Document type: Grant
Year: 1232
Scribe: Berenguer de Clos
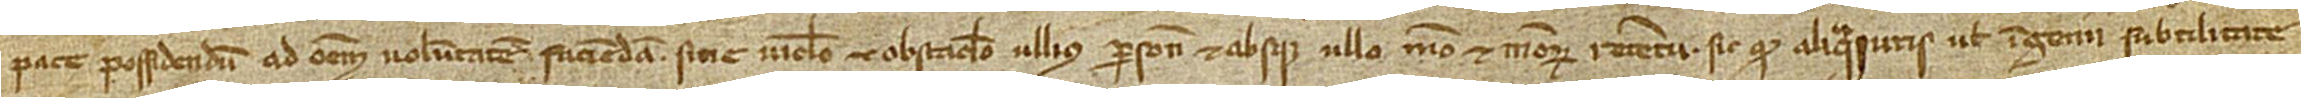
pace possidendum ad omnem voluntatem faciendam, sine vinculo et obstaculo ullius persone et absque ullo meo et meorum retentu. Sic quod aliqua iuris vel ingenii subtilitate